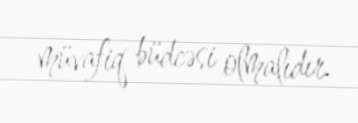
müvafiq büdcəsi olmalıdır.